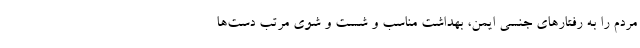
مردم را به رفتارهای جنسی ایمن، بهداشت مناسب و شست و شوی مرتب دست‌ها